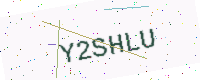
Text: Y2SHLU